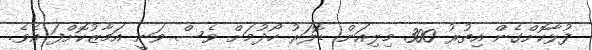
ފުޅާކޮށްގެން އިތުރު 300 މިލިއަން ޑޮލަރު ހޯދުމަށް ވެސް ވަނީ އަމާޒުކޮށްފަ އެވެ.